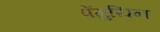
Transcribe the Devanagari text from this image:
पेंगुयिन